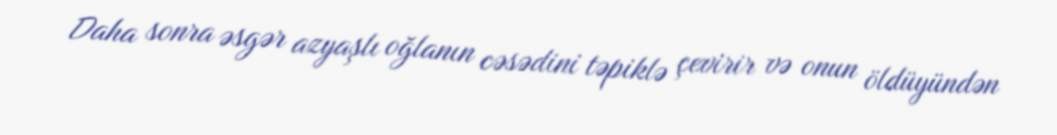
Daha sonra əsgər azyaşlı oğlanın cəsədini təpiklə çevirir və onun öldüyündən